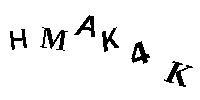
HMAK4K